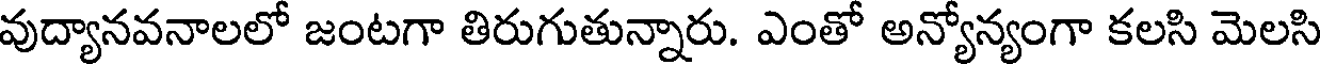
వుద్యానవనాలలో జంటగా తిరుగుతున్నారు. ఎంతో అన్యోన్యంగా కలసి మెలసి